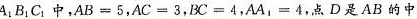
A_{1}B_{1}C_{1}中，AB=5，AC=3，BC=4，AA_{1}=4，点D是AB的中